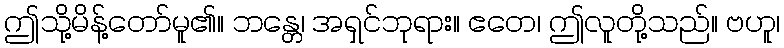
ဤသို့မိန့်တော်မူ၏။ ဘန္တေ၊ အရှင်ဘုရား။ ဧတေ၊ ဤလူတို့သည်။ ဗဟူ၊